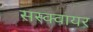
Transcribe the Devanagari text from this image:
सस्क्वायर